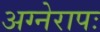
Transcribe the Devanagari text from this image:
अग्नेरापः